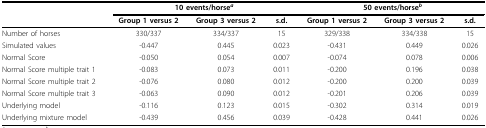
<table><thead><tr><td></td><td colspan="3"><b>10 events/horse<sup><i>a</i></sup></b></td><td colspan="3"><b>50 events/horse<sup><i>b</i></sup></b></td></tr><tr><td></td><td><b>Group 1 versus 2</b></td><td><b>Group 3 versus 2</b></td><td><b>s.d.</b></td><td><b>Group 1 versus 2</b></td><td><b>Group 3 versus 2</b></td><td><b>s.d.</b></td></tr></thead><tbody><tr><td>Number of horses</td><td>330/337</td><td>334/337</td><td>15</td><td>329/338</td><td>334/338</td><td>15</td></tr><tr><td>Simulated values</td><td>-0.447</td><td>0.445</td><td>0.023</td><td>-0.431</td><td>0.449</td><td>0.026</td></tr><tr><td>Normal Score</td><td>-0.050</td><td>0.054</td><td>0.007</td><td>-0.074</td><td>0.078</td><td>0.006</td></tr><tr><td>Normal Score multiple trait 1</td><td>-0.083</td><td>0.073</td><td>0.011</td><td>-0.200</td><td>0.196</td><td>0.038</td></tr><tr><td>Normal Score multiple trait 2</td><td>-0.076</td><td>0.080</td><td>0.012</td><td>-0.200</td><td>0.200</td><td>0.039</td></tr><tr><td>Normal Score multiple trait 3</td><td>-0.063</td><td>0.090</td><td>0.012</td><td>-0.201</td><td>0.206</td><td>0.039</td></tr><tr><td>Underlying model</td><td>-0.116</td><td>0.123</td><td>0.015</td><td>-0.302</td><td>0.314</td><td>0.019</td></tr><tr><td>Underlying mixture model</td><td>-0.439</td><td>0.456</td><td>0.039</td><td>-0.428</td><td>0.441</td><td>0.026</td></tr></tbody></table>